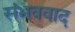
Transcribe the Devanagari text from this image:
संभववाद